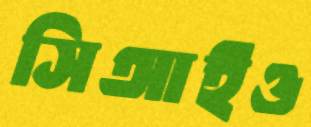
সিআইও